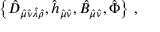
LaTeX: \left\{ \hat { D } _ { \hat { \mu } \hat { \nu } \hat { \lambda } \hat { \rho } } , \hat { h } _ { \hat { \mu } \hat { \nu } } , \hat { { \cal B } } _ { \hat { \mu } \hat { \nu } } , \hat { \Phi } \right\} \, ,